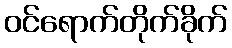
ဝင်ရောက်တိုက်ခိုက်